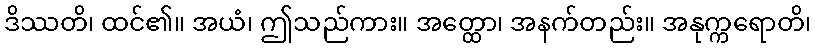
ဒိဿတိ၊ ထင်၏။ အယံ၊ ဤသည်ကား။ အတ္ထော၊ အနက်တည်း။ အနုက္ကရောတိ၊